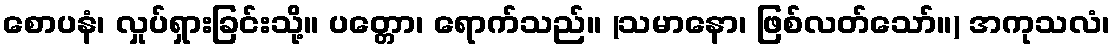
စောပနံ၊ လှုပ်ရှားခြင်းသို့။ ပတ္တော၊ ရောက်သည်။ (သမာနော၊ ဖြစ်လတ်သော်။) အကုသလံ၊